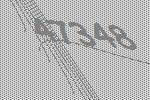
47348